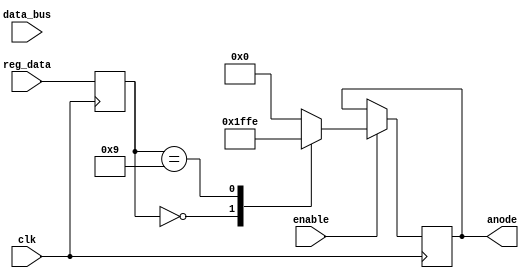
module seven_segment_display (
    input wire [15:0] data_bus, // 16-bit bus line
    input wire [3:0] reg_data, // 4-bit register data
    input wire clk,
    input wire enable,
    output reg [6:0] anode
);

    // Shift register
    reg [15:0] qout;

    // Seven segment display decoder
    reg [3:0] bcd1, bcd2, bcd3, bcd4;

    always @(posedge clk) begin
        if (!enable) begin
            qout <= {qout[14:0], data_bus[15]};
            bcd1 <= {reg_data[3], reg_data[2], reg_data[1], reg_data[0]};
            bcd2 <= {reg_data[3], reg_data[2], reg_data[1], reg_data[0]};
            bcd3 <= {reg_data[3], reg_data[2], reg_data[1], reg_data[0]};
            bcd4 <= {reg_data[3], reg_data[2], reg_data[1], reg_data[0]};
        end
        else begin
            // Shift data from bus line to shift register
            qout <= {qout[14:0], data_bus[15]};

            // Decode data from 4-bit register
            bcd1 <= {reg_data[3], reg_data[2], reg_data[1], reg_data[0]};
            bcd2 <= {reg_data[3], reg_data[2], reg_data[1], reg_data[0]};
            bcd3 <= {reg_data[3], reg_data[2], reg_data[1], reg_data[0]};
            bcd4 <= {reg_data[3], reg_data[2], reg_data[1], reg_data[0]};

            // Map BCD values to seven segment display
            case (bcd1)
                0: anode = 7'b0111111;
                // ...
                9: anode = 7'b1111110;
                default: anode = 7'b0000000; // defaults is all off or perhaps make it look like an E.
            endcase

            case (bcd2)
                0: anode = 7'b0111111;
                // ...
                9: anode = 7'b1111110;
                default: anode = 7'b0000000; // defaults is all off or perhaps make it look like an E.
            endcase

            case (bcd3)
                0: anode = 7'b0111111;
                // ...
                9: anode = 7'b1111110;
                default: anode = 7'b0000000; // defaults is all off or perhaps make it look like an E.
            endcase

            case (bcd4)
                0: anode = 7'b0111111;
                // ...
                9: anode = 7'b1111110;
                default: anode = 7'b0000000; // defaults is all off or perhaps make it look like an E.
            endcase
        end
    end

endmodule